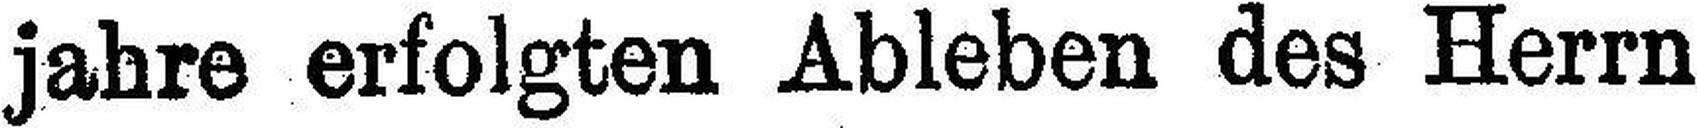
jahre erfolgten Ableben des Herrn